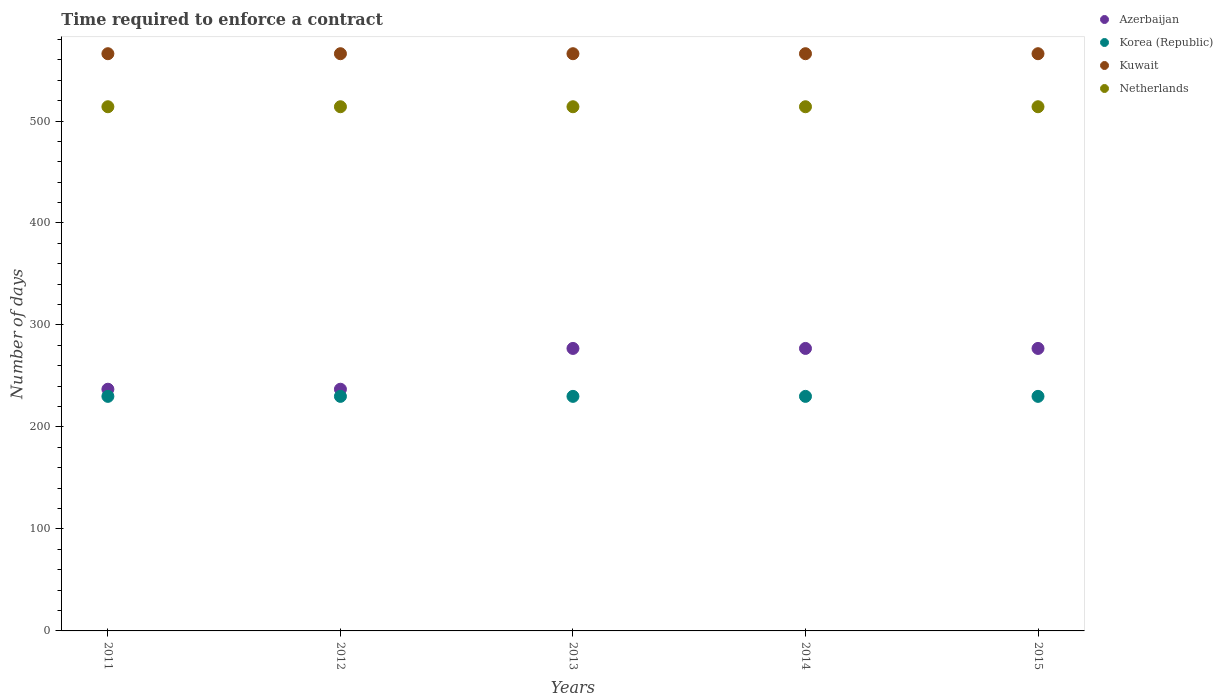
| Years | Azerbaijan | Korea (Republic) | Kuwait | Netherlands |
 | --- | --- | --- | --- | --- |
 | 2011 | 237 | 230 | 566 | 514 |
 | 2012 | 237 | 230 | 566 | 514 |
 | 2013 | 277 | 230 | 566 | 514 |
 | 2014 | 277 | 230 | 566 | 514 |
 | 2015 | 277 | 230 | 566 | 514 |